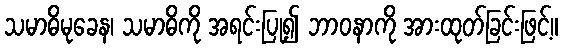
သမာဓိမုခေန၊ သမာဓိကို အရင်းပြု၍ ဘာဝနာကို အားထုတ်ခြင်းဖြင့်။